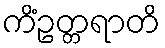
ကိံဥတ္တရာတိ